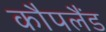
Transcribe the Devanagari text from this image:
कौपलैंड